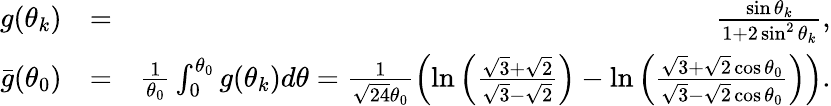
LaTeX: \begin{array}{rlr}{g(\theta_{k})}&{=}&{\frac{\sin\theta_{k}}{1+2\sin^{2}\theta_{k}},}\\ {\bar{g}(\theta_{0})}&{=}&{\frac{1}{\theta_{0}}\int_{0}^{\theta_{0}}g(\theta_{k})d\theta=\frac{1}{\sqrt{24}\theta_{0}}\left(\ln\left(\frac{\sqrt{3}+\sqrt{2}}{\sqrt{3}-\sqrt{2}}\right)-\ln\left(\frac{\sqrt{3}+\sqrt{2}\cos\theta_{0}}{\sqrt{3}-\sqrt{2}\cos\theta_{0}}\right)\right).}\end{array}